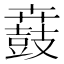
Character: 鼖